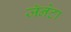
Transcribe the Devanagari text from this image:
जॅनेटा